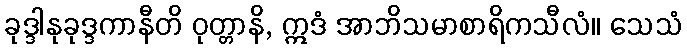
ခုဒ္ဒါနုခုဒ္ဒကာနီတိ ဝုတ္တာနိ, ဣဒံ အာဘိသမာစာရိကသီလံ။ သေသံ